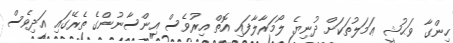
ހިންގާ ވަޙުޝީ ޢަމަލުތަކަށް ދުނިޔެ ލޯމަރާލާފައި އޮތް އިރުވެސް އިންސާނުންގެ ތެރޭގައި އަދިވެސް